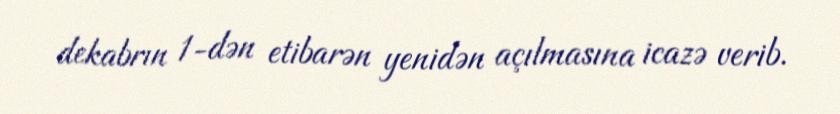
dekabrın 1-dən etibarən yenidən açılmasına icazə verib.